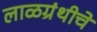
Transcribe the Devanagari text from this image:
लाळग्रंथीचे